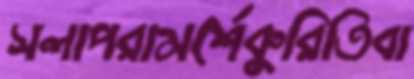
সলাপরামর্শেকুরিতিবা